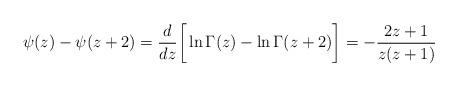
LaTeX: \begin{align*}\psi(z)-\psi(z+2)=\frac{d}{dz}\bigg[\ln\Gamma (z)-\ln\Gamma (z+2)\bigg]=-\frac{2z+1}{z(z+1)}\end{align*}